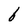
Character: b